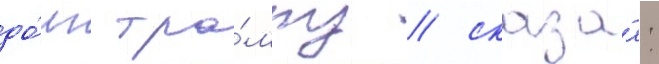
до́лг тра́мпу / сказа́л: